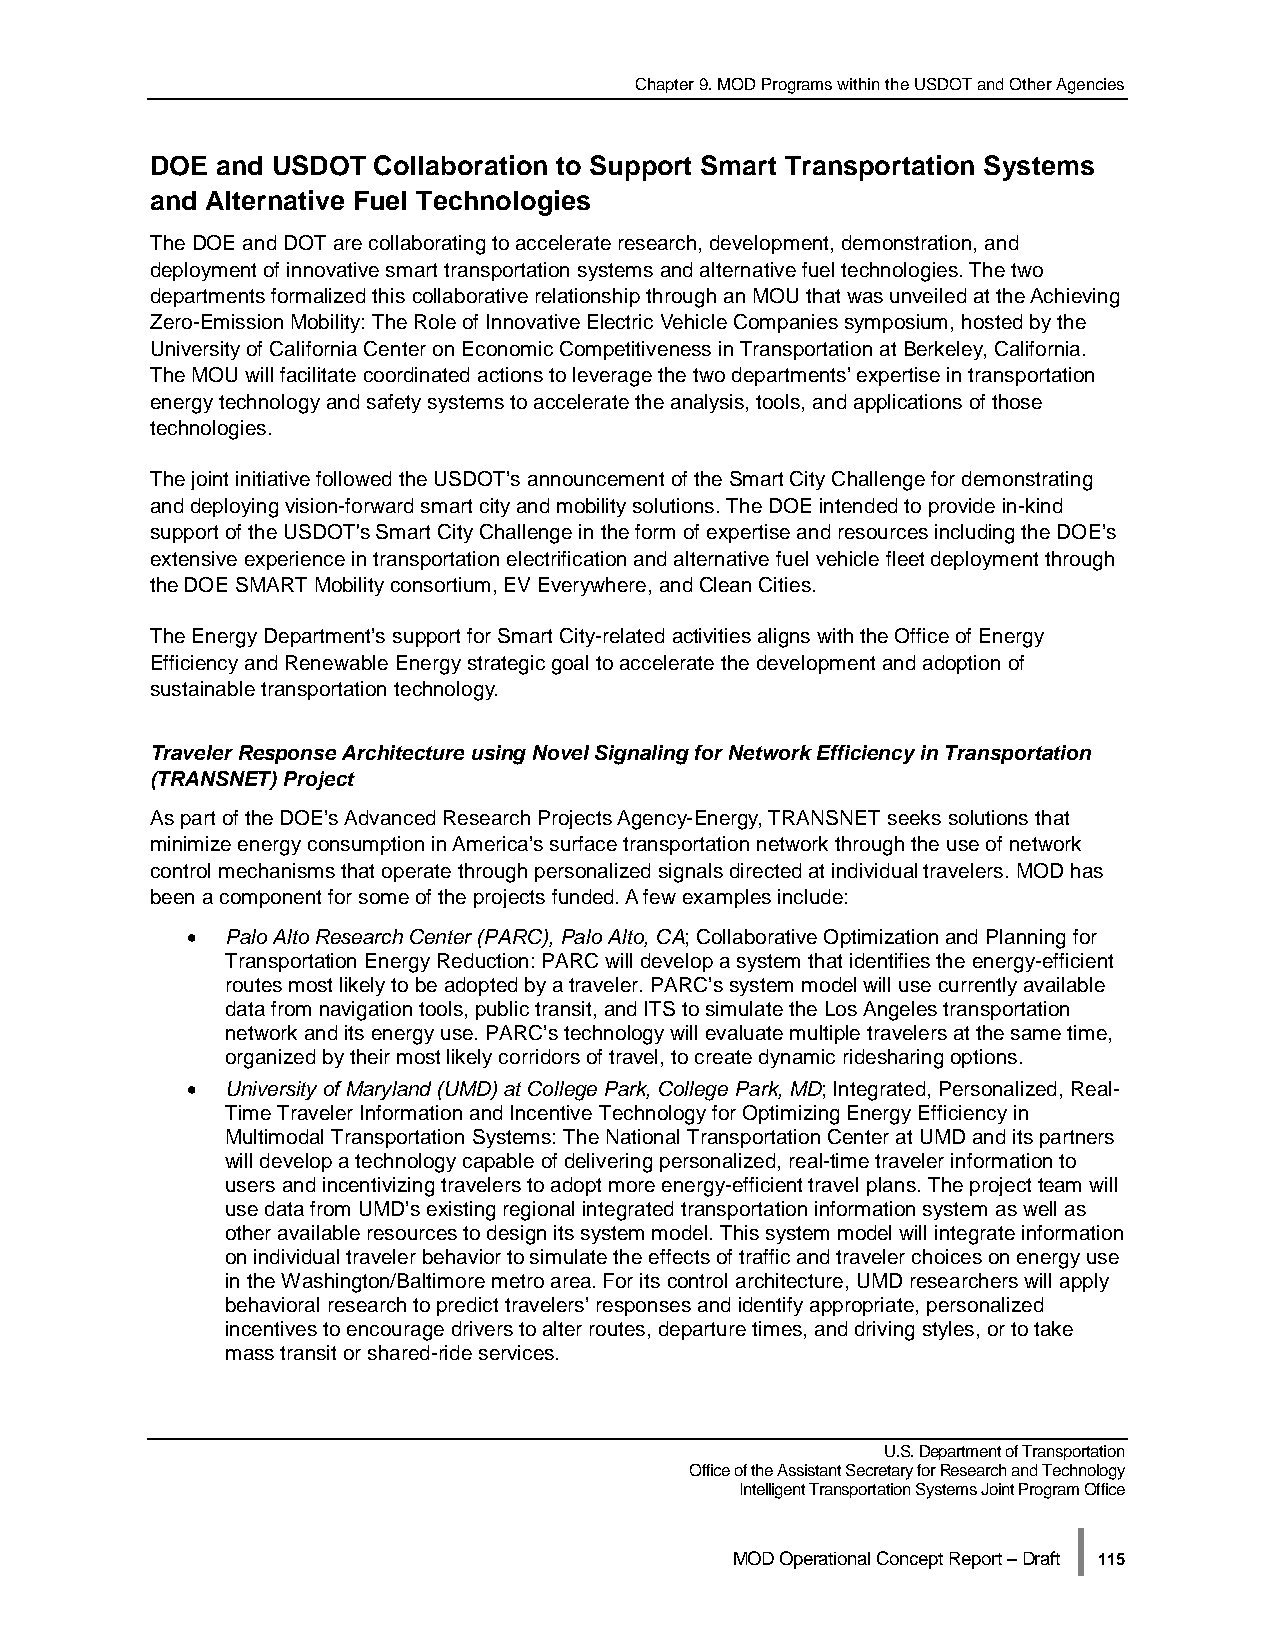
Chapter 9. MOD Programs within the USDOT and Other Agencies
 DOE and USDOT  Collaboration to Support Smart Transportation Systems
 and Alternative Fuel Technologies
 The DOE and DOT are collaborating to accelerate research, development, demonstration, and
 deployment of innovative smart transportation systems and alternative fuel technologies. The two
 departments formalized this collaborative relationship through an MOU that was unveiled at the Achieving
 Zero-Emission Mobility: The Role of Innovative Electric Vehicle Companies symposium, hosted by the
 University of California Center on Economic Competitiveness in Transportation at Berkeley, California.
 The MOU will facilitate coordinated actions to leverage the two departments’ expertise in transportation
 energy technology and safety systems to accelerate the analysis, tools, and applications of those
 technologies.
 The joint initiative followed the USDOT’s announcement of the Smart City Challenge for demonstrating
 and deploying vision-forward smart city and mobility solutions. The DOE intended to provide in-kind
 support of the USDOT's Smart City Challenge in the form of expertise and resources including the DOE’s
 extensive experience in transportation electrification and alternative fuel vehicle fleet deployment through
 the DOE SMART Mobility consortium, EV Everywhere, and Clean Cities.
 The Energy Department’s support for Smart City-related activities aligns with the Office of Energy
 Efficiency and Renewable Energy strategic goal to accelerate the development and adoption of
 sustainable transportation technology.
 Traveler Response Architecture using Novel Signaling for Network Efficiency in Transportation
 (TRANSNET) Project
 As part of the DOE’s Advanced Research Projects Agency-Energy, TRANSNET seeks solutions that
 minimize energy consumption in America’s surface transportation network through the use of network
 control mechanisms that operate through personalized signals directed at individual travelers. MOD has
 been a component for some of the projects funded. A few examples include:
 •  Palo Alto Research Center (PARC), Palo Alto, CA; Collaborative Optimization and Planning for
 Transportation Energy Reduction: PARC will develop a system that identifies the energy-efficient
 routes most likely to be adopted by a traveler. PARC’s system model will use currently available
 data from navigation tools, public transit, and ITS to simulate the Los Angeles transportation
 network and its energy use. PARC’s technology will evaluate multiple travelers at the same time,
 organized by their most likely corridors of travel, to create dynamic ridesharing options.
 •  University of Maryland (UMD) at College Park, College Park, MD; Integrated, Personalized, Real-
 Time Traveler Information and Incentive Technology for Optimizing Energy Efficiency in
 Multimodal Transportation Systems: The National Transportation Center at UMD and its partners
 will develop a technology capable of delivering personalized, real-time traveler information to
 users and incentivizing travelers to adopt more energy-efficient travel plans. The project team will
 use data from UMD’s existing regional integrated transportation information system as well as
 other available resources to design its system model. This system model will integrate information
 on individual traveler behavior to simulate the effects of traffic and traveler choices on energy use
 in the Washington/Baltimore metro area. For its control architecture, UMD researchers will apply
 behavioral research to predict travelers’ responses and identify appropriate, personalized
 incentives to encourage drivers to alter routes, departure times, and driving styles, or to take
 mass transit or shared-ride services.
 U.S. Department of Transportation
 Office of the Assistant Secretary for Research and Technology
 Intelligent Transportation Systems Joint Program Office
 |
 MOD Operational Concept Report – Draft 115